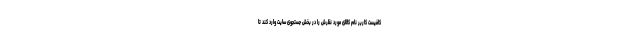
کافیست کاربر نام کالای مورد نظرش را در بخش جستجوی سایت وارد کند تا